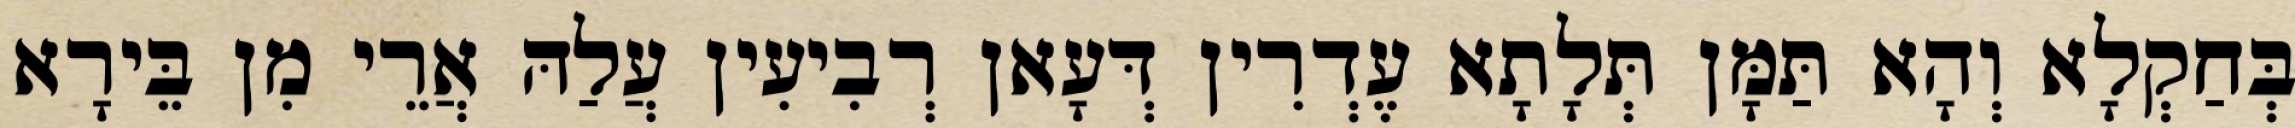
בְּחַקְלָא וְהָא תַּמָּן תְּלָתָא עֶדְרִין דְּעָאן רְבִיעִין עֲלַהּ אֲרֵי מִן בֵּירָא